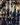
إذا